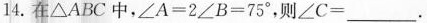
14.在\bigtriangleup ABC中，\angleA=2\angleB=75°，则\angleC=___ __.